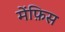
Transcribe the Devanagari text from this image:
मेंफ़िस